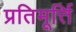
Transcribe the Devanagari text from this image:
प्रतिमूर्त्ति